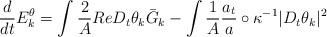
LaTeX: \begin{align*}\frac{d}{dt}E_k^{\theta}=\int\frac{2}{A}Re D_t\theta_k \bar{G}_k-\int \frac{1}{A}\frac{a_t}{a}\circ\kappa^{-1}|D_t\theta_k|^2 \end{align*}